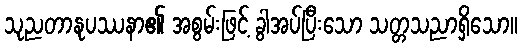
သုညတာနုပဿနာ၏ အစွမ်းဖြင့် ခွါအပ်ပြီးသော သတ္တသညာရှိသော။